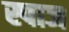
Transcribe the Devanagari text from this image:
स्पाज